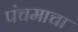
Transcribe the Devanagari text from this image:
पंचमाचा